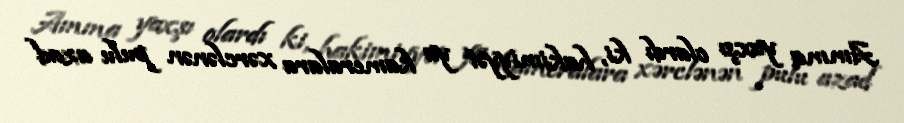
Amma yaxşı olardı ki, hakimiyyət ya kameralara xərclənən pulu azad